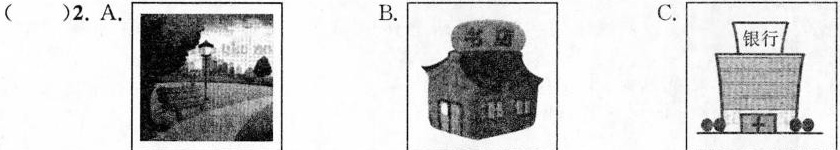
( )2.A. B. C.